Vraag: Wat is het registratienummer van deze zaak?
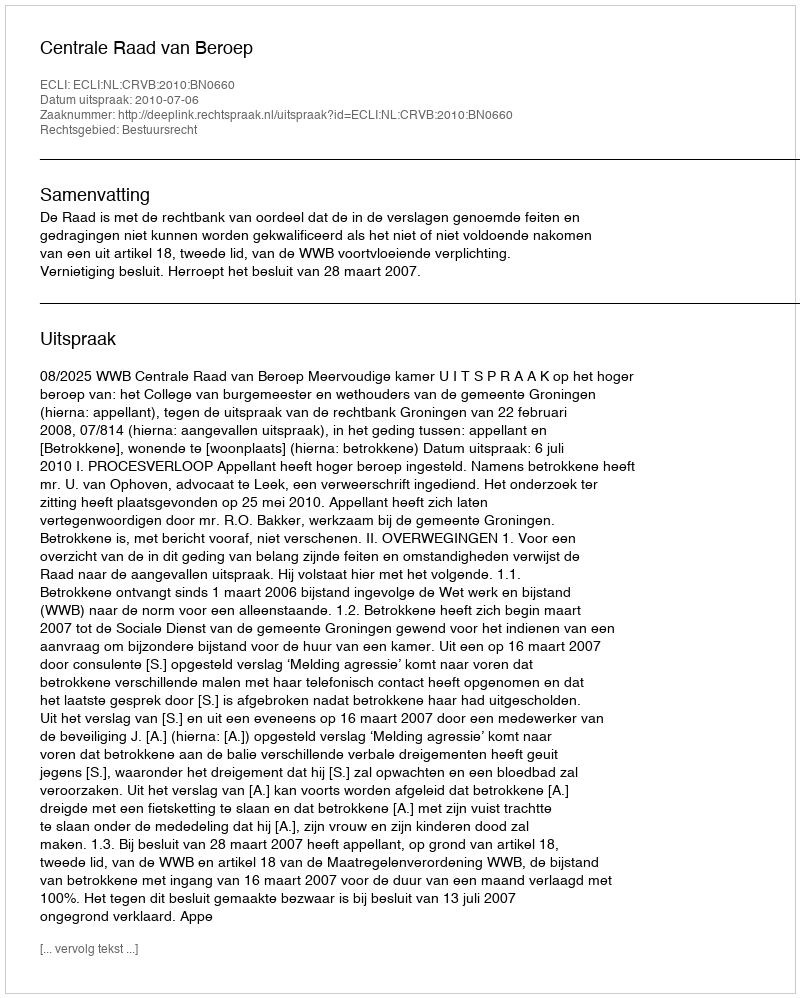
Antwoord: http://deeplink.rechtspraak.nl/uitspraak?id=ECLI:NL:CRVB:2010:BN0660